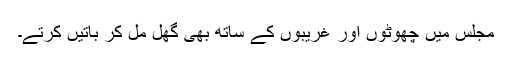
مجلس میں چھوٹوں اور غریبوں کے ساتھ بھی گھل مل کر باتیں کرتے۔